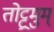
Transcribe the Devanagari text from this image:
तोट्ट्रमुम्